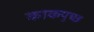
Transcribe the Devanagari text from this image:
काकपुच्छ